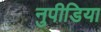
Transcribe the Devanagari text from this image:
नुपीडिया